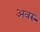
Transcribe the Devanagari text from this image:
अवरु